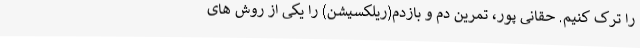
را ترک کنیم. حقانی پور، تمرین دم و بازدم(ریلکسیشن) را یکی از روش های